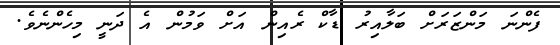
ފެންނަ މަންޒަރަށް ބަލާއިރު ޑާކް ރެއިން އަށް ވަމުން އެ ދަނީ މިހެންނެވެ.